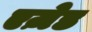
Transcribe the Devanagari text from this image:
एज़ेड